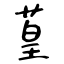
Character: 葟